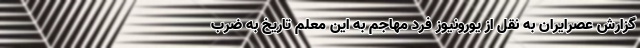
گزارش عصرایران به نقل از یورونیوز فرد مهاجم به این معلم تاریخ به ضرب